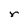
Character: r